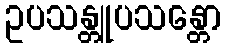
ဥပသန္တူပသန္တော